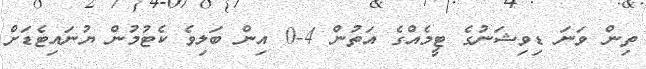
ތިން ވަނަ ޑިވިޝަނުގެ ޓީމެއްގެ އަތުން 4-0 އިން ބަލިވެ ކެޓުމުން ޔުނައިޓެޑަށް